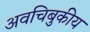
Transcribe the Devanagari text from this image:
अवचिबुकीय